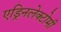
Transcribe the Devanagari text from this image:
एड्रिनलेक्टोमी